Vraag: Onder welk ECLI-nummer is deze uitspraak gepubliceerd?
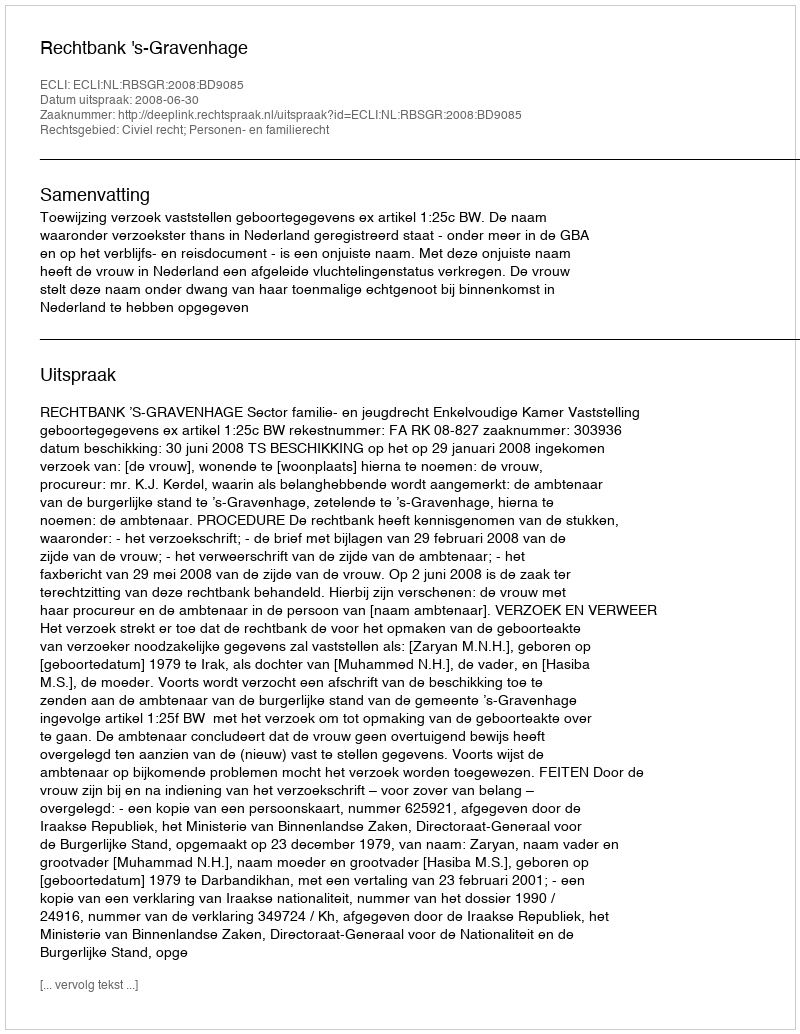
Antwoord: ECLI:NL:RBSGR:2008:BD9085